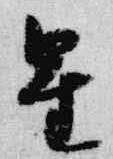
星